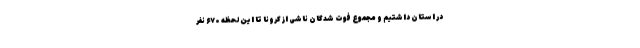
در استان داشتیم و مجموع فوت شدگان ناشی از کرونا تا این لحظه ۶۷۰ نفر